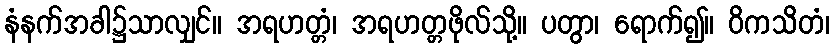
နံနက်အခါ၌သာလျှင်။ အရဟတ္တံ၊ အရဟတ္တဖိုလ်သို့။ ပတွာ၊ ရောက်၍။ ဝိကသိတံ၊